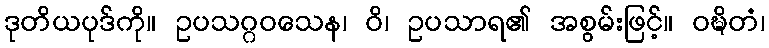
ဒုတိယပုဒ်ကို။ ဥပသဂ္ဂဝသေန၊ ဝိ၊ ဥပသာရ၏ အစွမ်းဖြင့်။ ဝဍ္ဎိတံ၊